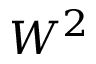
W ^ { 2 }